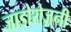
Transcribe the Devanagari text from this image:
जाडोरोज़्नी